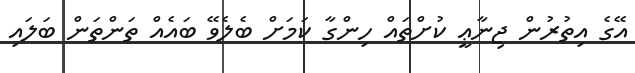
އޭގެ އިތުރުން ޖިނާޢީ ކުށްތައް ހިންގާ ކަމަށް ބެލެވޭ ބައެއް ތަންތަން ބަލައި